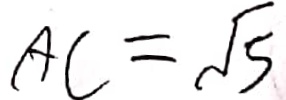
A C = \sqrt { 5 }